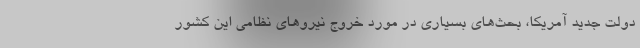
دولت جدید آمریکا، بحث‌های بسیاری در مورد خروج نیروهای نظامی این کشور